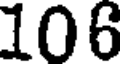
106